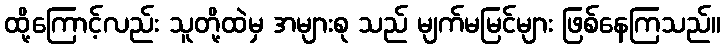
ထို့ကြောင့်လည်း သူတို့ထဲမှ အများစု သည် မျက်မမြင်များ ဖြစ်နေကြသည်။